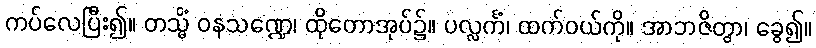
ကပ်လေပြီး၍။ တသ္မိံ ဝနသဏ္ဍေ၊ ထိုတောအုပ်၌။ ပလ္လင်္ကံ၊ ထက်ဝယ်ကို။ အာဘဇိတွာ၊ ခွေ၍။